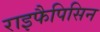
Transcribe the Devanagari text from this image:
राइफैपिसिन